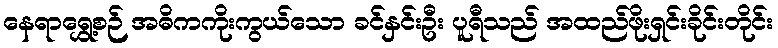
နေရာရွှေ့စဉ် အဓိကကိုးကွယ်သော ခင်နှင်းဦး ပူရီသည် အထည်ဖိုးရှင်းခိုင်းတိုင်း